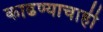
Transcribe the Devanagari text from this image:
काढण्याचाही